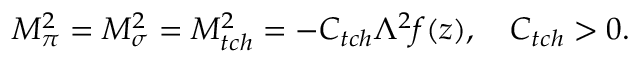
M _ { \pi } ^ { 2 } = M _ { \sigma } ^ { 2 } = M _ { t c h } ^ { 2 } = - C _ { t c h } \Lambda ^ { 2 } f ( z ) , \quad C _ { t c h } > 0 .